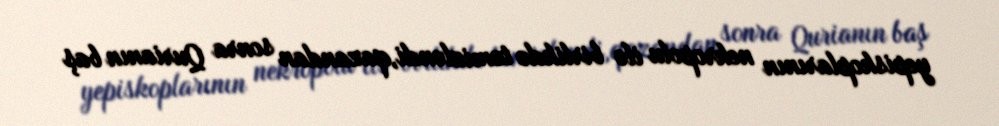
yepiskoplarının nekropolu ilə birlikdə təmizləndi,qazandan sonra Qurianın baş